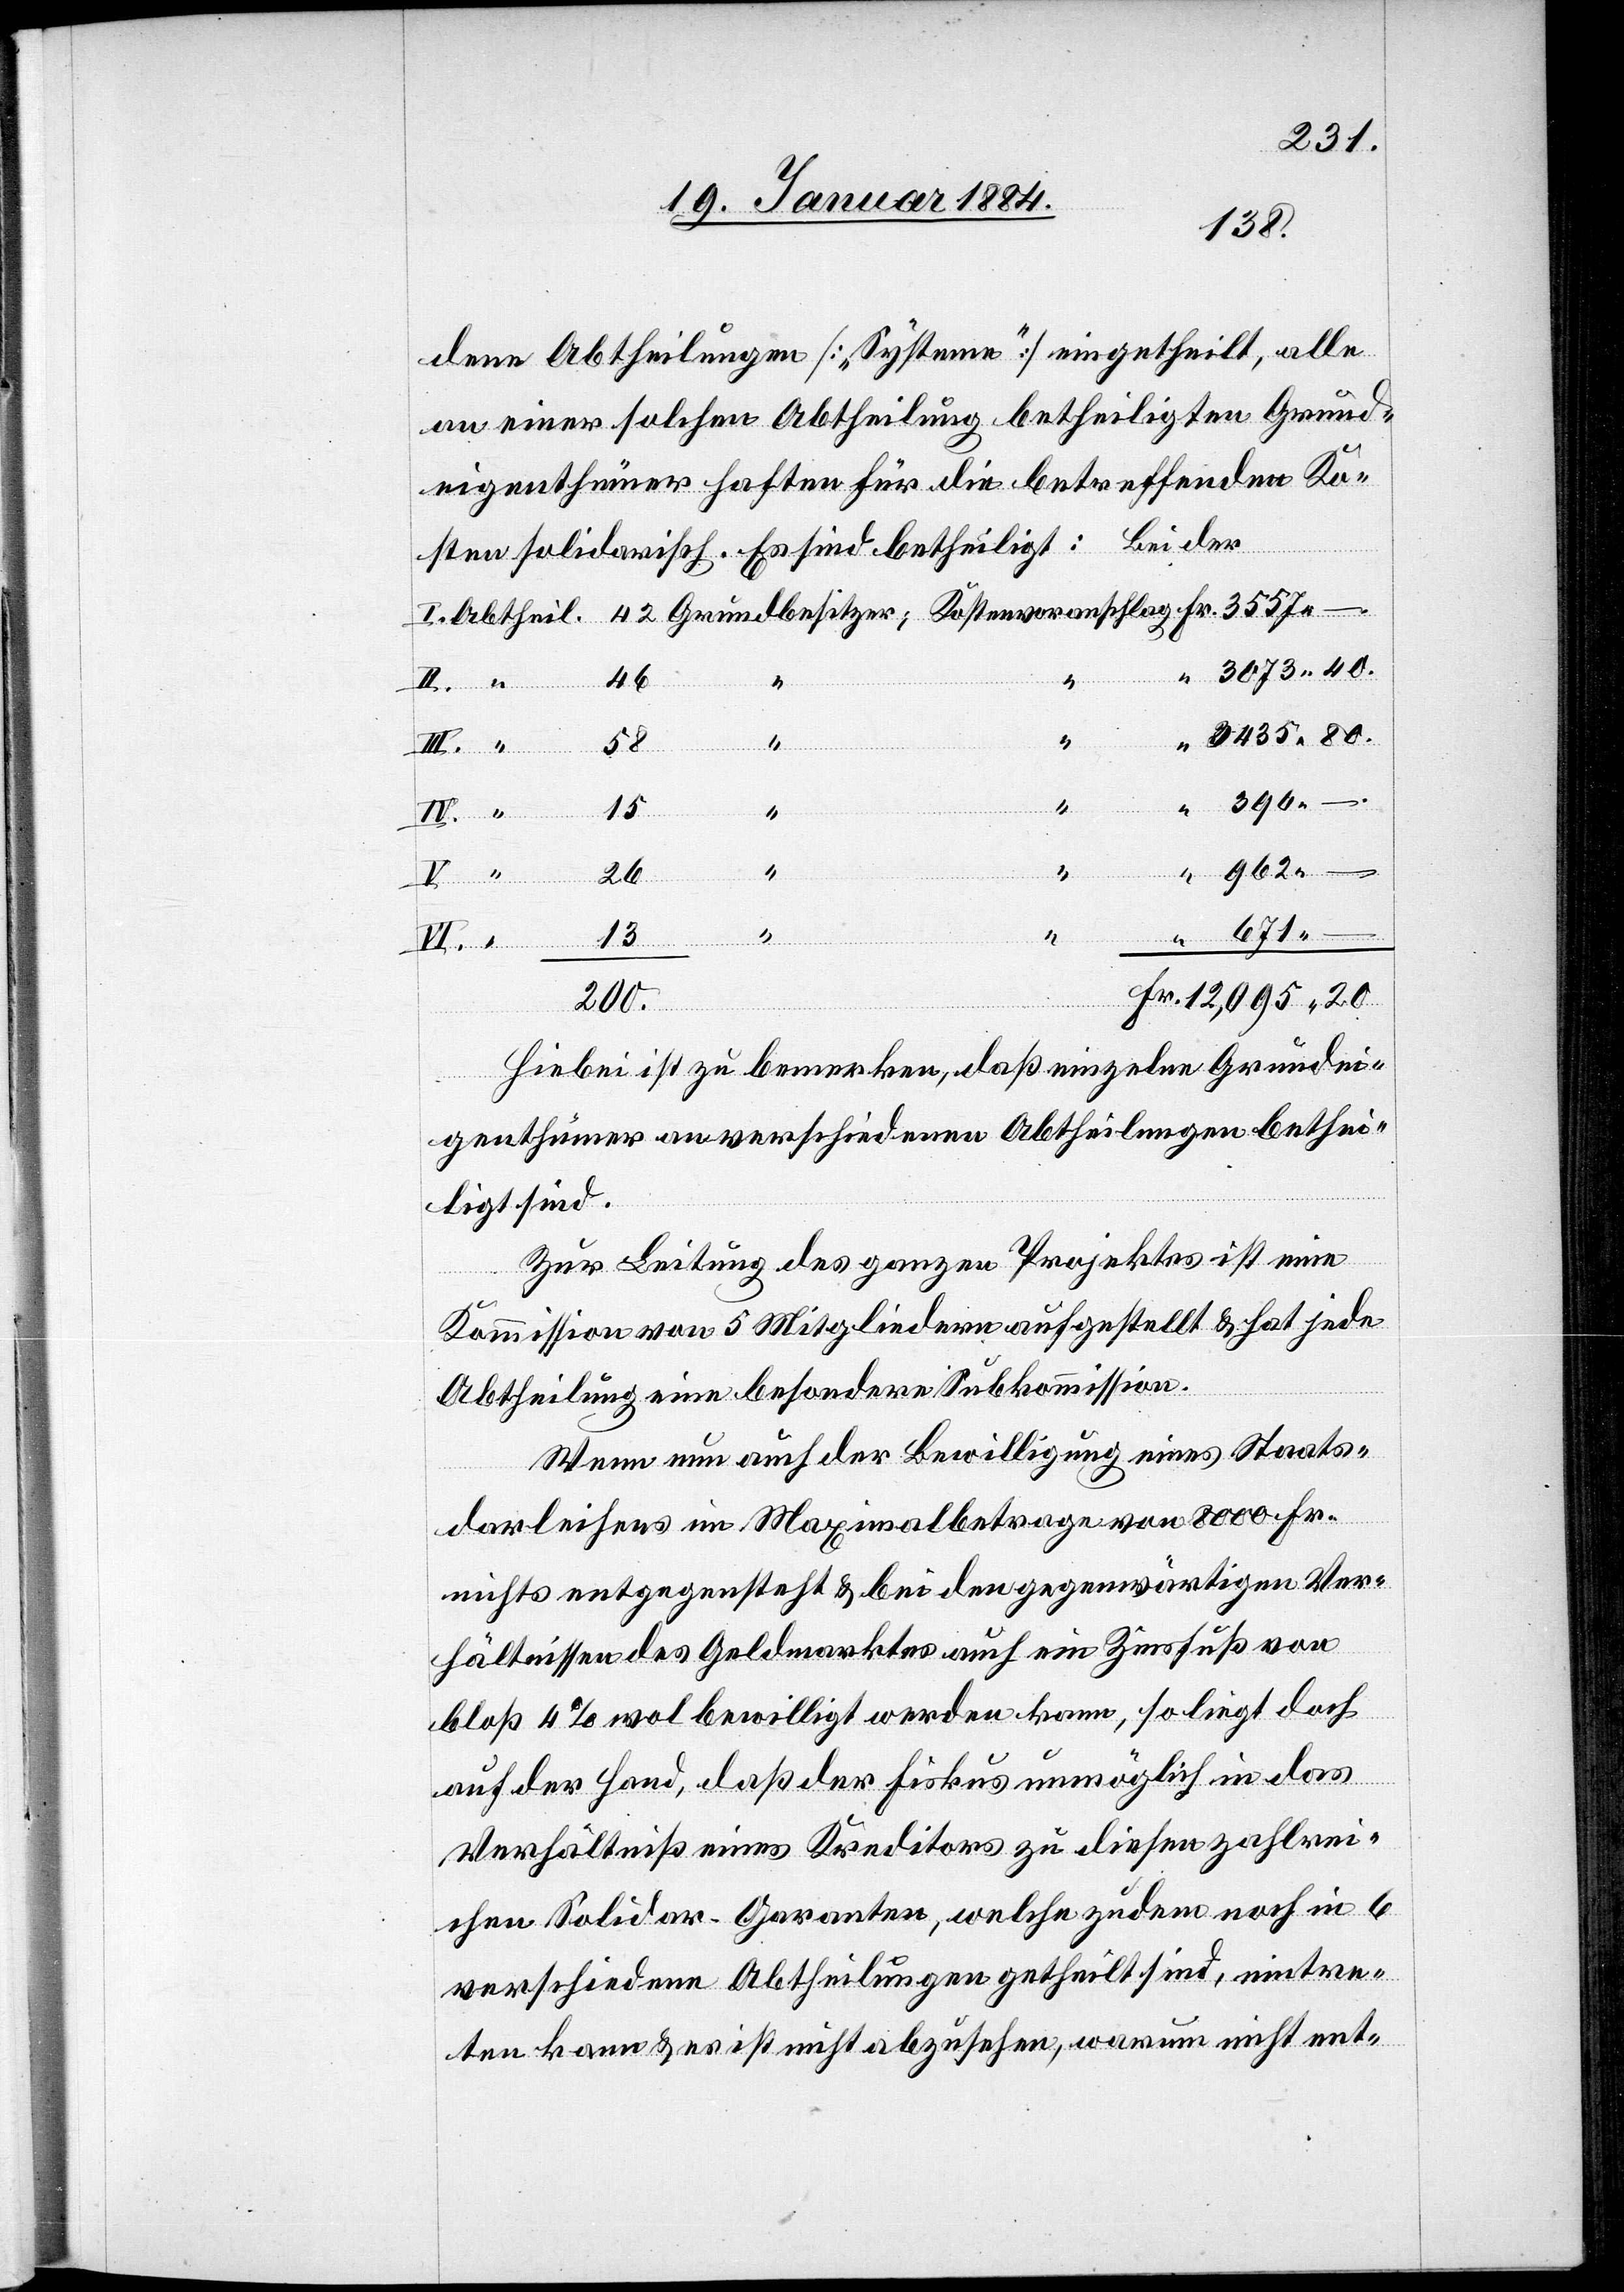
dene Abtheilungen [„Systeme“] eingetheilt, alle
an einer solchen Abtheilung betheiligten Grund¬
eigenthümer haften für die betreffenden Ko¬
sten solidarisch. Es sind betheiligt: Bei der
–.
40.
58
Fr.
–.
“
13
“
III.
20.
Hiebei ist zu bemerken, daß einzelne Grundei¬
genthümer an verschiedenen Abtheilungen bethei¬
ligt sind.
Zur Leitung des ganzen Projektes ist eine
Kommission von 5 Mitgliedern aufgestellt & hat jede
Abtheilung eine besondere Subkommission.
Wenn nun auch der Bewilligung eines Staats¬
darleihens im Maximalbetrage von 8000 Fr.
nichts entgegensteht & bei den gegenwärtigen Ver¬
hältnissen des Geldmarktes auch ein Zinsfuß von
bloß 4% wol bewilligt werden kann, so liegt doch
auf der Hand, daß der Fiskus unmöglich in das
Verhältniß eines Kreditors zu diesen zahlrei¬
chen Solidar-Garanten, welche zudem noch in 6
verschiedene Abtheilungen getheilt sind, eintre¬
ten kann & es ist nicht abzusehen, warum nicht ent-